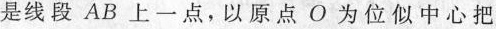
是线段AB上一点，以原点O为位似中心把